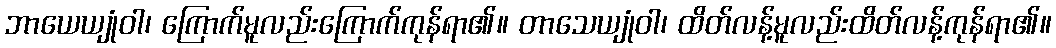
ဘာယေယျုံဝါ၊ ကြောက်မူလည်းကြောက်ကုန်ရာ၏။ တာသေယျုံဝါ၊ ထိတ်လန့်မူလည်းထိတ်လန့်ကုန်ရာ၏။